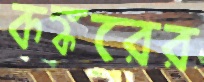
কঙ্করের